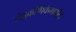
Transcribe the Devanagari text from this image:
तंतुकणिकेमधील